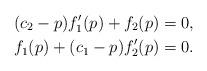
LaTeX: \begin{align*}(c_{2}-p)f_{1}'(p)+f_{2}(p) & =0, \\f_{1}(p)+(c_{1}-p)f_{2}'(p) & =0.\end{align*}